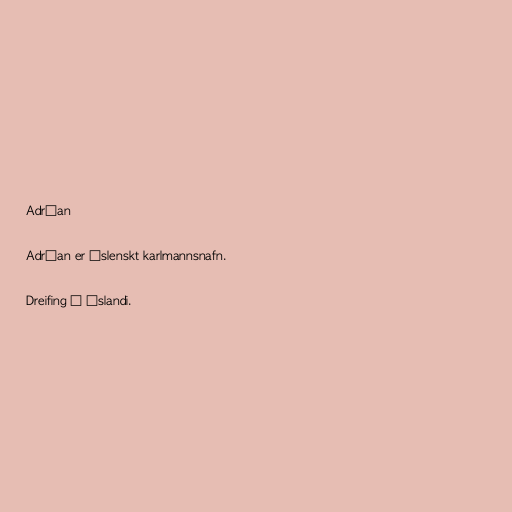
Adrían

Adrían er íslenskt karlmannsnafn.

Dreifing á Íslandi.